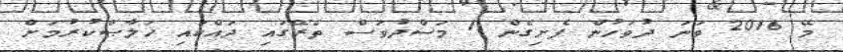
މޭ 2016 ވަނަ ދުވަހުން ފެށިގެން 1 މަސްދުވަސް ތެރޭގައި ދައްކައި ޚަލާޞްކުރުމަށް